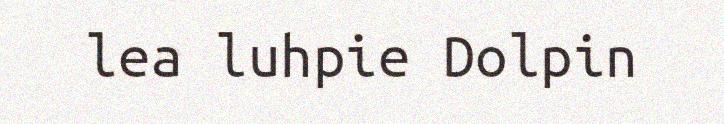
lea luhpie Dolpin